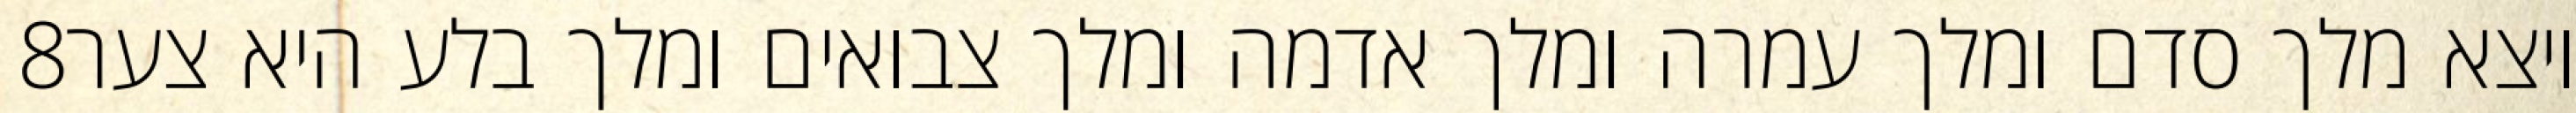
‎8‏ ויצא מלך סדם ומלך עמרה ומלך אדמה ומלך צבואים ומלך בלע היא צער